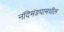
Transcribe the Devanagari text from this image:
नंदिमंडपामधील